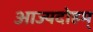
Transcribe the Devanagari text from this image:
आज्यदोहम्